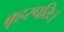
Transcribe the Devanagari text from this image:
ब्रृहस्पतिः।